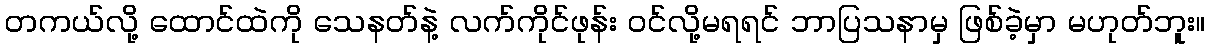
တကယ်လို့ ထောင်ထဲကို သေနတ်နဲ့ လက်ကိုင်ဖုန်း ဝင်လို့မရရင် ဘာပြသနာမှ ဖြစ်ခဲ့မှာ မဟုတ်ဘူး။